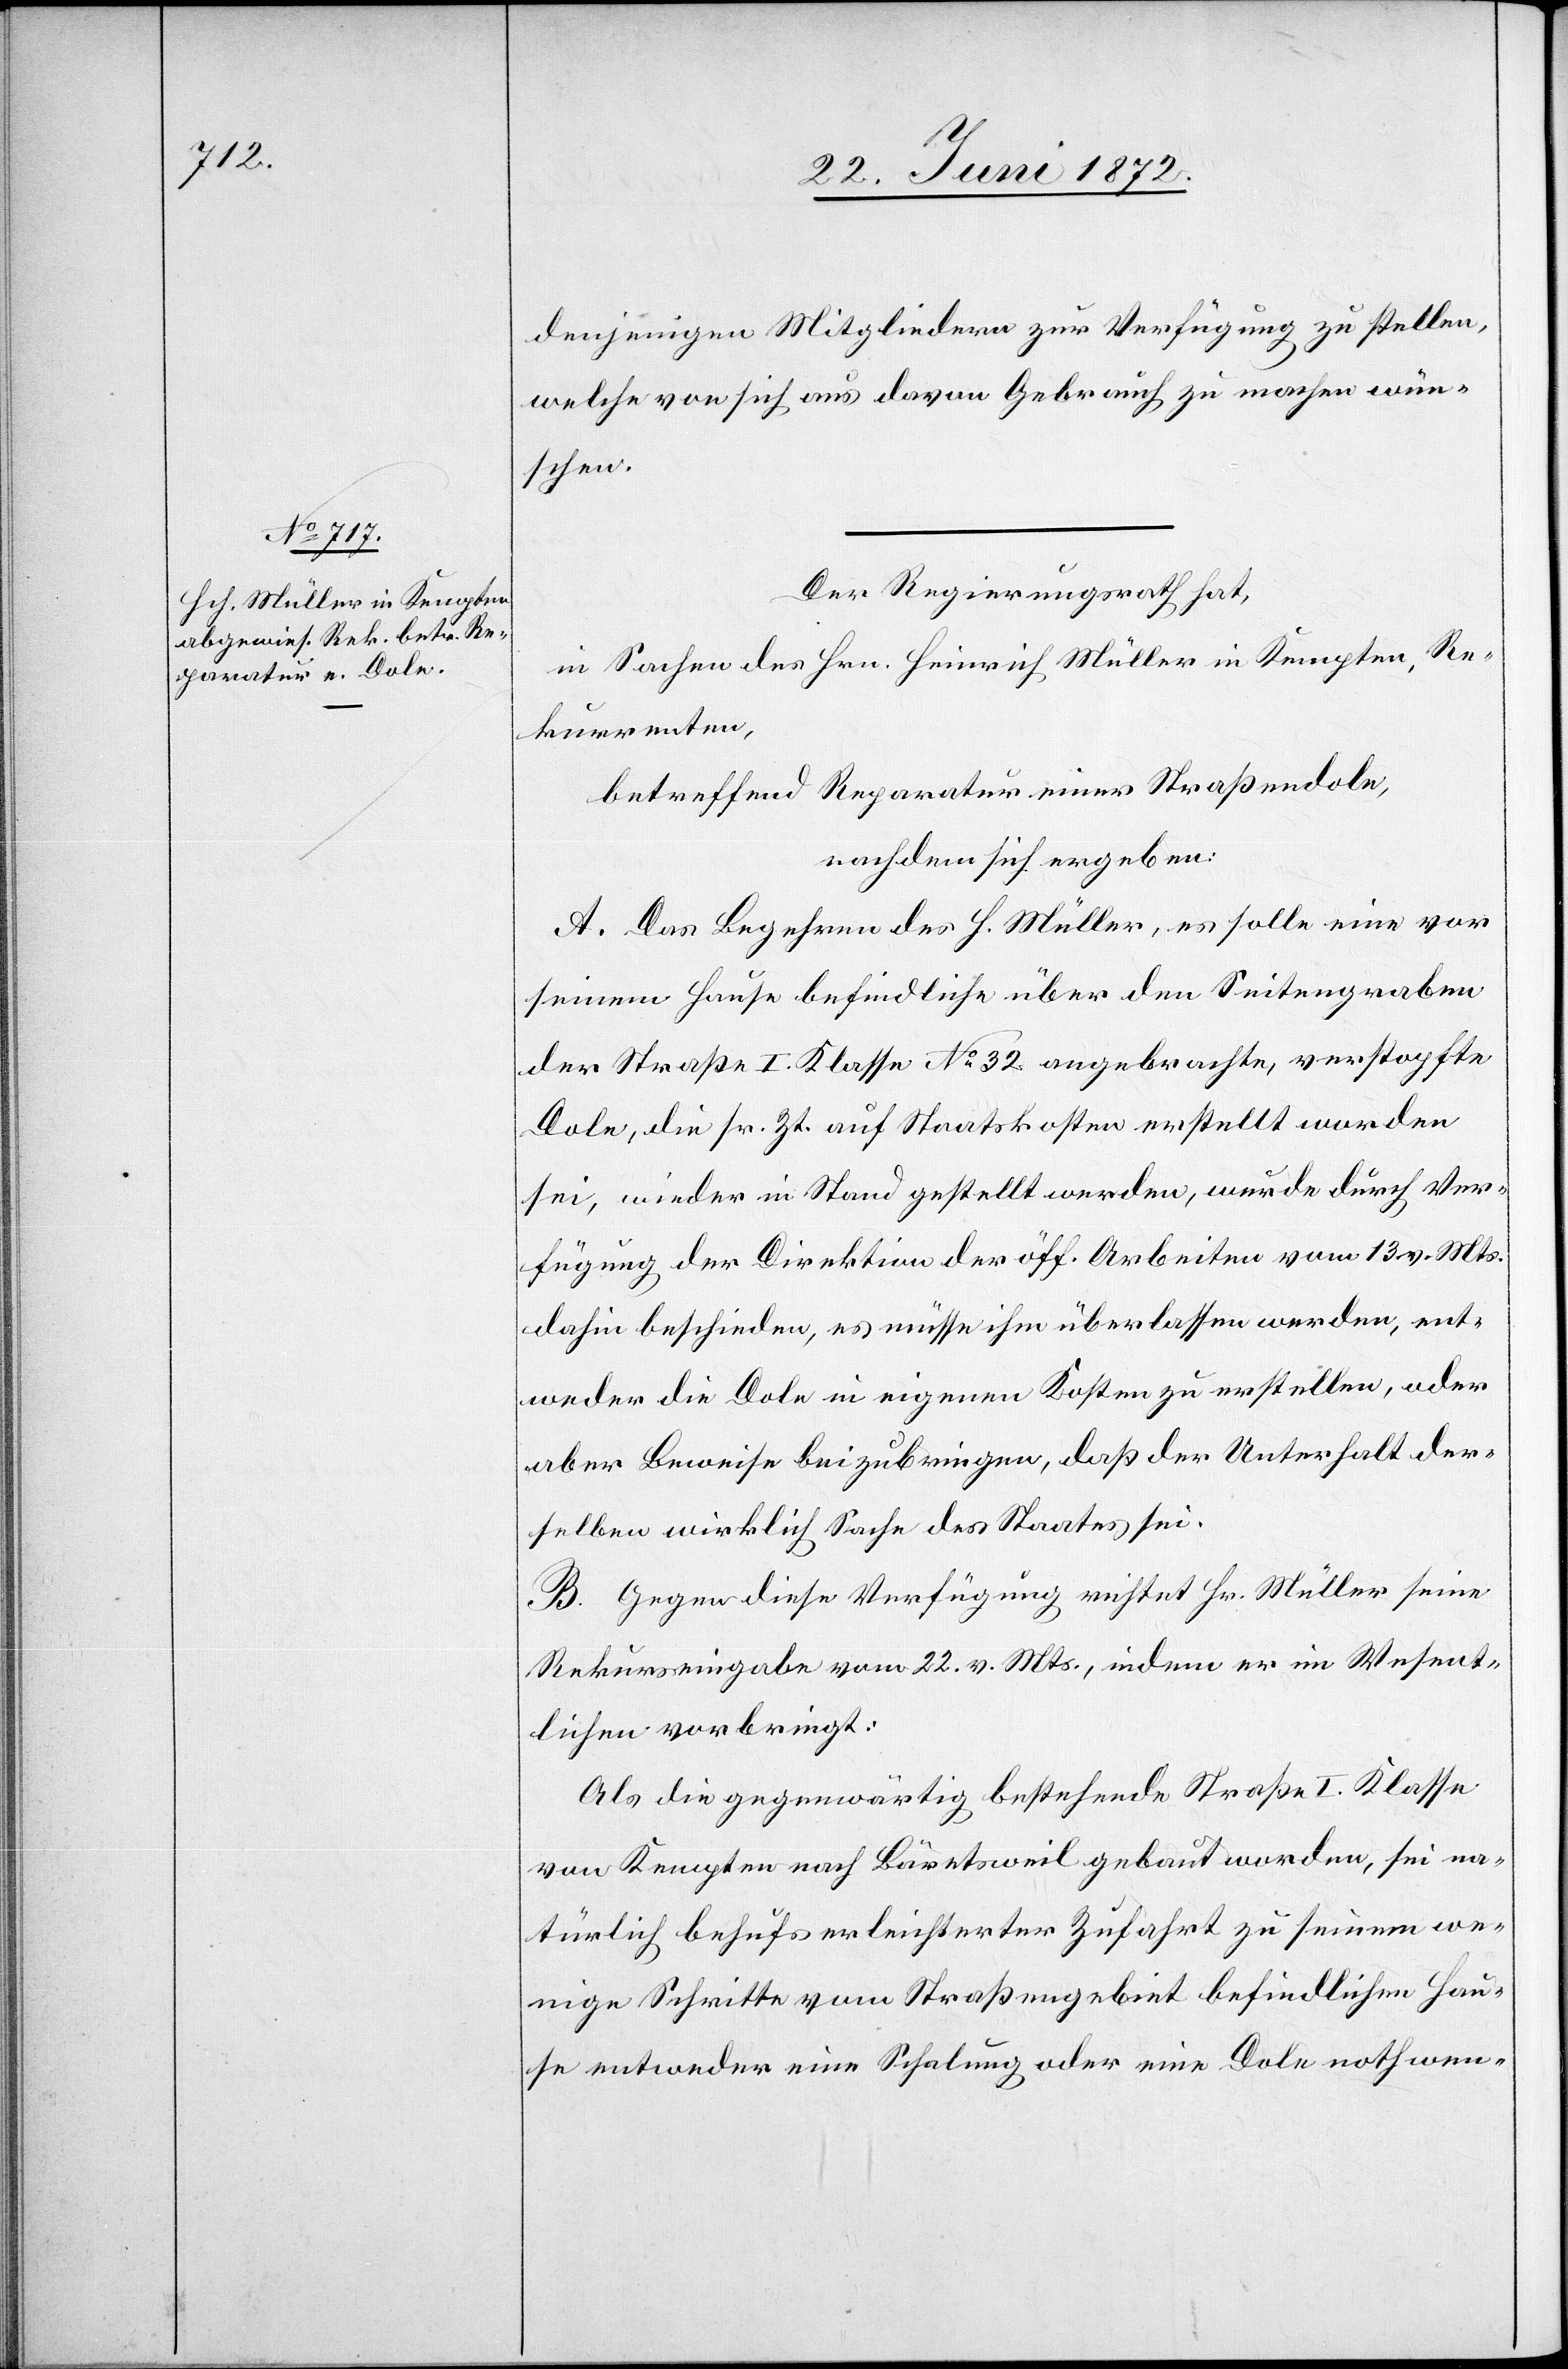
denjenigen Mitgliedern zur Verfügung zu stellen,
welche von sich aus davon Gebrauch zu machen wün¬
schen.
Der Regierungsrath hat,
in Sachen des Hrn. Heinrich Müller im Kempten, Re¬
kurrenten,
betreffend Reparatur einer Straßendole,
nachdem sich ergeben:
A. Das Begehren des H. Müller, es solle eine vor
seinem Hause befindliche über den Seitengraben
der Straße I. Klasse No 32 angebrachte, verstopfte
Dole, die sr. Zt. auf Staatskosten erstellt worden
sei, wieder in Stand gestellt werden, wurde durch Ver¬
fügung der Direktion der öff. Arbeiten vom 13. v. Mts.
dahin beschieden, es müsse ihm überlassen werden, ent¬
weder die Dole in eigenen Kosten zu erstellen, oder
aber Beweise beizubringen, daß der Unterhalt der¬
selben wirklich Sache des Staates sei.
B. Gegen diese Verfügung richtet Hr. Müller seine
Rekurseingabe vom 22. v. Mts., indem er im Wesent¬
lichen vorbringt:
Als die gegenwärtig bestehende Straße I. Klasse
von Kempten nach Bärentsweil gebaut worden, sei na¬
türlich behufs erleichterter Zufahrt zu seinem we¬
nige Schritte vom Straßengebiet befindlichen Hau¬
se entweder eine Schalung oder eine Dole nothwen-